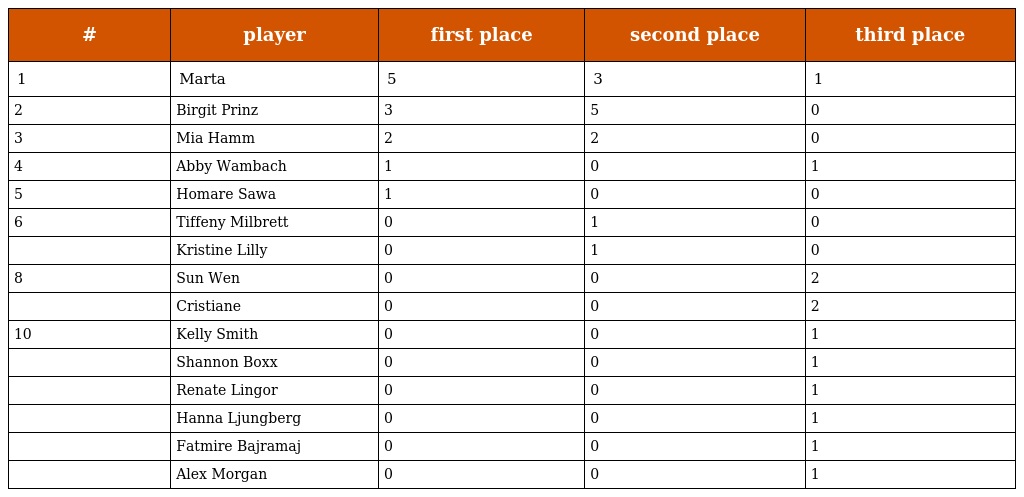
| # | player | first place | second place | third place |
 | --- | --- | --- | --- | --- |
 | 1 | Marta | 5 | 3 | 1 |
 | 2 | Birgit Prinz | 3 | 5 | 0 |
 | 3 | Mia Hamm | 2 | 2 | 0 |
 | 4 | Abby Wambach | 1 | 0 | 1 |
 | 5 | Homare Sawa | 1 | 0 | 0 |
 | 6 | Tiffeny Milbrett | 0 | 1 | 0 |
 |  | Kristine Lilly | 0 | 1 | 0 |
 | 8 | Sun Wen | 0 | 0 | 2 |
 |  | Cristiane | 0 | 0 | 2 |
 | 10 | Kelly Smith | 0 | 0 | 1 |
 |  | Shannon Boxx | 0 | 0 | 1 |
 |  | Renate Lingor | 0 | 0 | 1 |
 |  | Hanna Ljungberg | 0 | 0 | 1 |
 |  | Fatmire Bajramaj | 0 | 0 | 1 |
 |  | Alex Morgan | 0 | 0 | 1 |